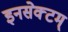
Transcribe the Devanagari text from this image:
इनसेक्टम्‌